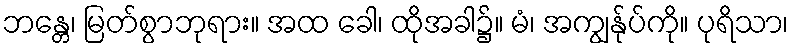
ဘန္တေ၊ မြတ်စွာဘုရား။ အထ ခေါ၊ ထိုအခါ၌။ မံ၊ အကျွန်ုပ်ကို။ ပုရိသာ၊